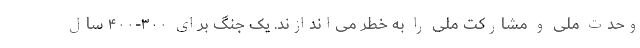
وحدت ملی و مشارکت ملی را به خطر می‌اندازند. یک جنگ برای ۳۰۰-۴۰۰ سال